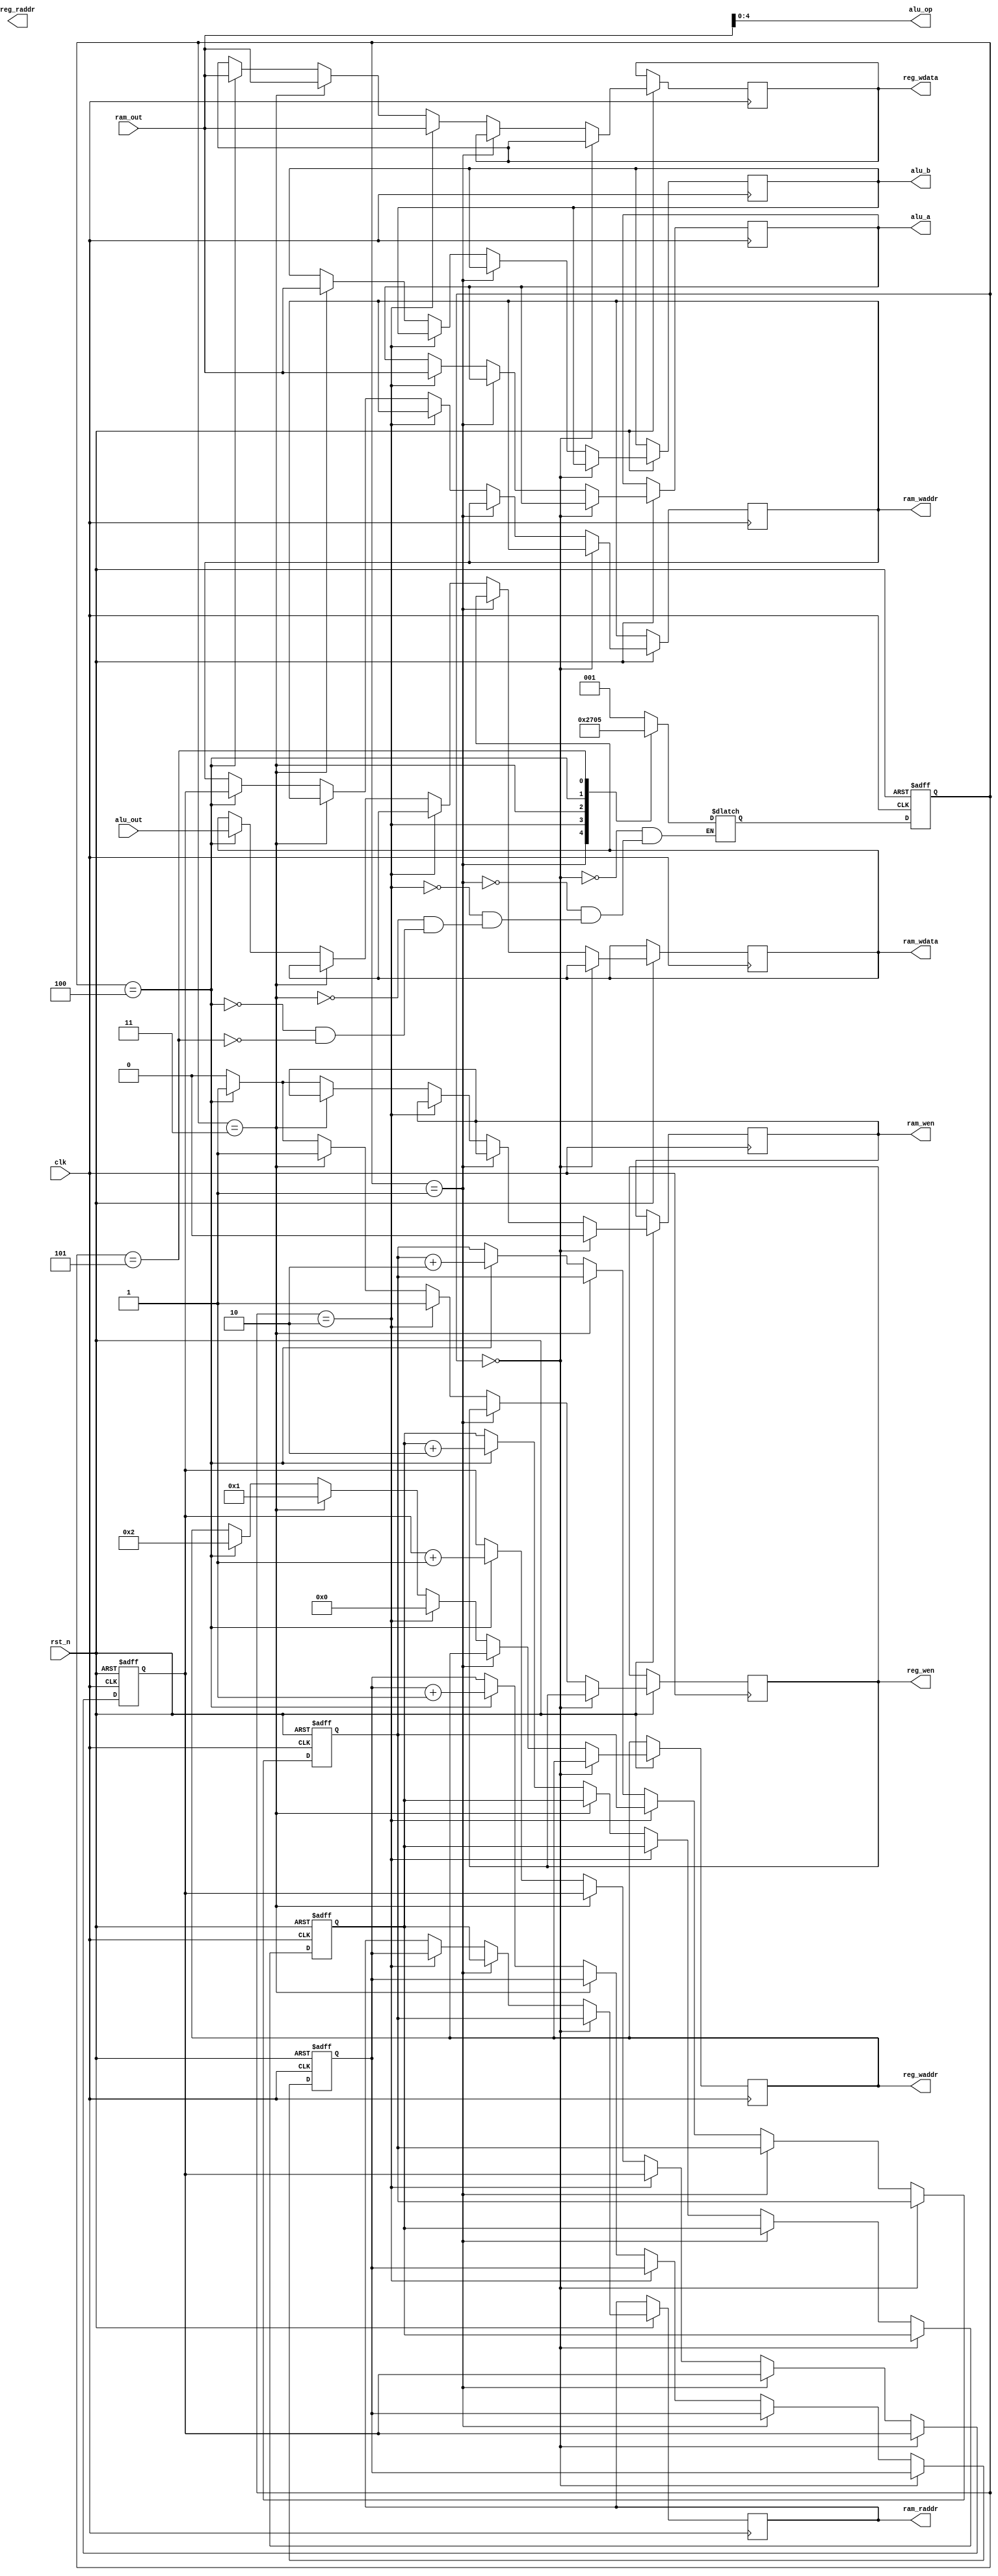
`timescale 1ns / 1ps
module CONTROL(
    input clk,
    input rst_n,
    input wire [31:0] ram_out,
    output reg [31:0] alu_a,
    output reg [31:0] alu_b,
    output wire [4:0] alu_op,
    input wire [31:0] alu_out,
    output reg [7:0] ram_raddr,
    output reg [7:0] ram_waddr,
    output reg [5:0] reg_raddr,
    output reg [5:0] reg_waddr,
    output reg reg_wen,
    output reg ram_wen,
    output reg [31:0] ram_wdata,
    output reg [31:0] reg_wdata
);
  assign alu_op = ram_out;
  reg [7:0] r1 = 0, r2 = 1, rop = 100, rw = 200;
  reg [2:0] curr_state, next_state;
  parameter s0 = 0, s1 = 1, s2 = 2, s3 = 3, s4 = 4, s5 = 5, s6 = 6, s7 = 7;

  always@(posedge clk or negedge rst_n) begin
    if (!rst_n) begin
      curr_state <= s0;
    end else begin
      curr_state <= next_state;
    end
  end

  always@(*) begin
    case(curr_state)
      s0: next_state <= s1;
      s1: next_state <= s2;
      s2: next_state <= s3;
      s3: next_state <= s4;
      s4: if (alu_op != -1) next_state <= s0; else next_state <= s5;
      s5: next_state <= s5;
    endcase
  end

  always@(posedge clk or negedge rst_n) begin
    if (~rst_n) begin
      r1 <= 0;
      r2 <= 1;
      rop <= 100;
      rw <= 200;
    end else begin
      if (curr_state == s0) begin
        ram_raddr <= r1;
        ram_wen <= 0;
      end else if (curr_state == s1) begin
        ram_raddr <= r2;
      end else if (curr_state == s2) begin
        ram_raddr <= rop;
        /* r0 arrived */
        // write to alu
        alu_a <= ram_out;
        // write to regfile
        reg_waddr <= 0;
        reg_wdata <= ram_out;
        reg_wen <= 1;
      end else if (curr_state == s3) begin
        /* r1 arrived */
        // write to alu
        alu_b <= ram_out;
        // write to regfile
        reg_waddr <= 1;
        reg_wdata <= ram_out;
        reg_wen <= 1;
      end else if (curr_state == s4) begin
        /* op arrived */
        // write to ram
        ram_waddr <= rw;
        ram_wdata <= alu_out;
        ram_wen <= 1;
        // write to regfile
        reg_waddr <= 2;
        reg_wdata <= ram_out;
        reg_wen <= 1;
        /* inrease addrs */
        r1 <= r1 + 2;
        r2 <= r2 + 2;
        rw <= rw + 1;
        rop <= rop + 1;
      end else begin
        ram_wen <= 0;
        reg_wen <= 0;
        // idle
      end
    end
  end
endmodule